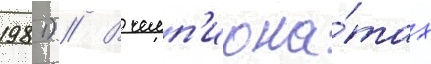
1981) // В чемп'иона́тах